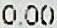
0.00